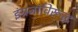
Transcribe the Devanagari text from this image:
इंग्रजांविरूद्ध